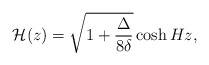
\begin{align*}{\cal H}(z)= \sqrt{1+\frac{\Delta}{8 \delta}} \cosh{H z},\end{align*}